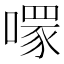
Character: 𠾪